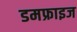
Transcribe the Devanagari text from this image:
डमफ्राइज